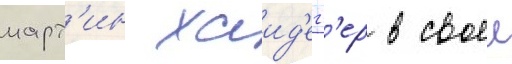
март'ин хаид'егг'ер в своеи